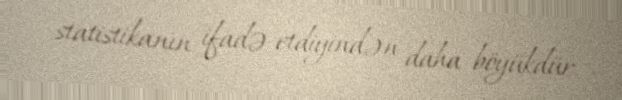
statistikanın ifadə etdiyindən daha böyükdür.